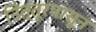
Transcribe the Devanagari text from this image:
नित्तूरपासून